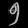
Digit: ၅